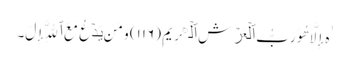
ٰهَ إِلَّا هُوَ رَبُّ ٱلۡعَرۡشِ ٱلۡڪَرِیمِ (١١٦) وَمَن یَدۡعُ مَعَ ٱللَّهِ إِلَ۔